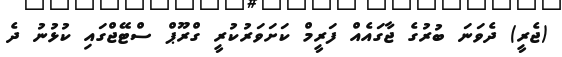
(ޖެރީ) ދެވަނަ ބުރުގެ ޖާގައެއް ފަރީމް ކަށަވަރުކުރީ ގްރޫޕް ސްޓޭޖްގައި ކުޅުނު ދެ